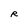
Character: R